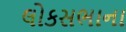
લોકસભાના